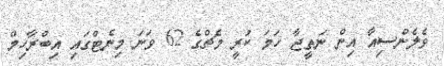
ވެލެންސިއާ އިން ނަތީޖާ ހަމަ ކުރީ މެޗްގެ 62 ވަނަ މިނެޓްގައި އިބްރާހިމް